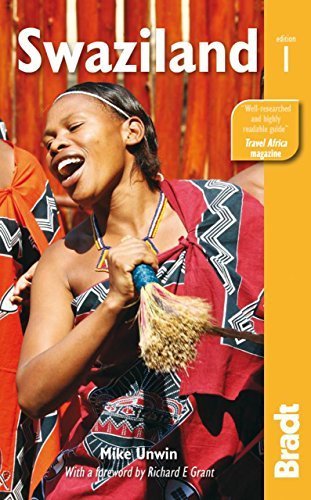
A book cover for Swaziland (Bradt Travel Guide) by Unwin, Mike (2013) Paperback; Mike Unwin; Travel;